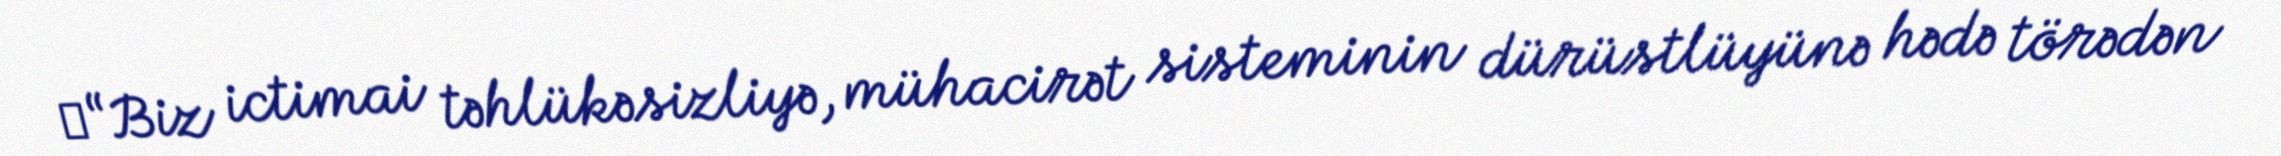
​“Biz ictimai təhlükəsizliyə, mühacirət sisteminin dürüstlüyünə hədə törədən